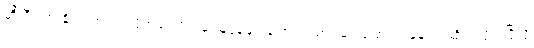
ဆီးရီးယားနိုင်ငံ အလက်ပိုအရှေ့ပိုင်းမှ သူပုန်များနဲ့ အရပ်သား ရွှေ့ပြောင်းနေမှု ရပ်ဆိုင်းလိုက်ပြီလို့